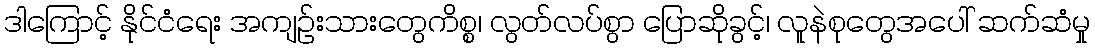
ဒါကြောင့် နိုင်ငံရေး အကျဉ်းသားတွေကိစ္စ၊ လွတ်လပ်စွာ ပြောဆိုခွင့်၊ လူနဲစုတွေအပေါ် ဆက်ဆံမှု